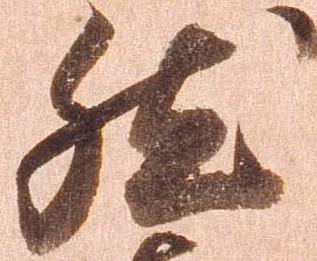
然